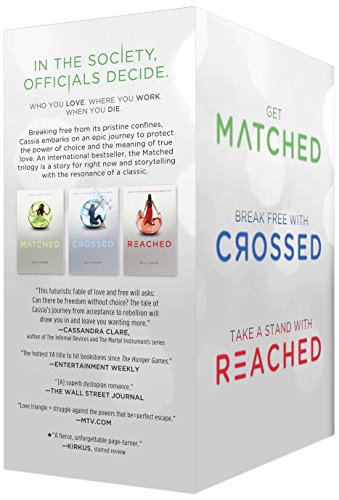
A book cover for Matched Trilogy box set; Ally Condie; Teen & Young Adult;